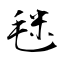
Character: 毩